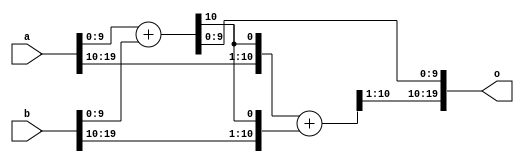
module split_add (a,b,o);

parameter LS_WIDTH = 10;
parameter MS_WIDTH = 10;
parameter WIDTH = LS_WIDTH + MS_WIDTH;

input [WIDTH-1:0] a,b;
output [WIDTH-1:0] o;
wire [WIDTH-1:0] o;

// Build the less significant adder with an extra bit on the top to get
// the carry chain onto the normal routing.  The keep pragma prevents
// synthesis from undoing the split.

wire [LS_WIDTH-1+1:0] ls_adder;
wire cross_carry = ls_adder[LS_WIDTH] /* synthesis keep */;
assign ls_adder = {1'b0,a[LS_WIDTH-1:0]} + {1'b0,b[LS_WIDTH-1:0]};

// Build the more significant adder with an extra low bit to incorporate
// the carry from the split lower chain.

wire [MS_WIDTH-1+1:0] ms_adder;
assign ms_adder = {a[WIDTH-1:WIDTH-MS_WIDTH],cross_carry} + 
		{b[WIDTH-1:WIDTH-MS_WIDTH],cross_carry};

// collect the sum back together, drop the two internal bits
assign o = {ms_adder[MS_WIDTH:1],ls_adder[LS_WIDTH-1:0]};

endmodule